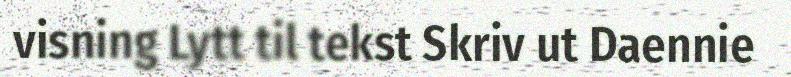
visning Lytt til tekst Skriv ut Daennie